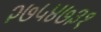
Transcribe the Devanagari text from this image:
२७५४७३१